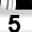
Digit: 5